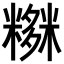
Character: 𥼫